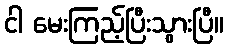
ငါ မေးကြည့်ပြီးသွားပြီ။